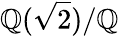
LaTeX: \mathbb{Q}({\sqrt{2}})/\mathbb{Q}